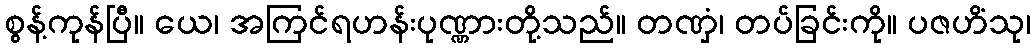
စွန့်ကုန်ပြီ။ ယေ၊ အကြင်ရဟန်းပုဏ္ဏားတို့သည်။ တဏှံ၊ တပ်ခြင်းကို။ ပဇဟိံသု၊